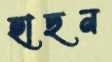
হাছন